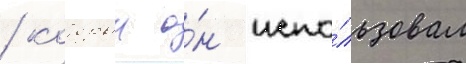
/ которыи о́н испо́льзовал